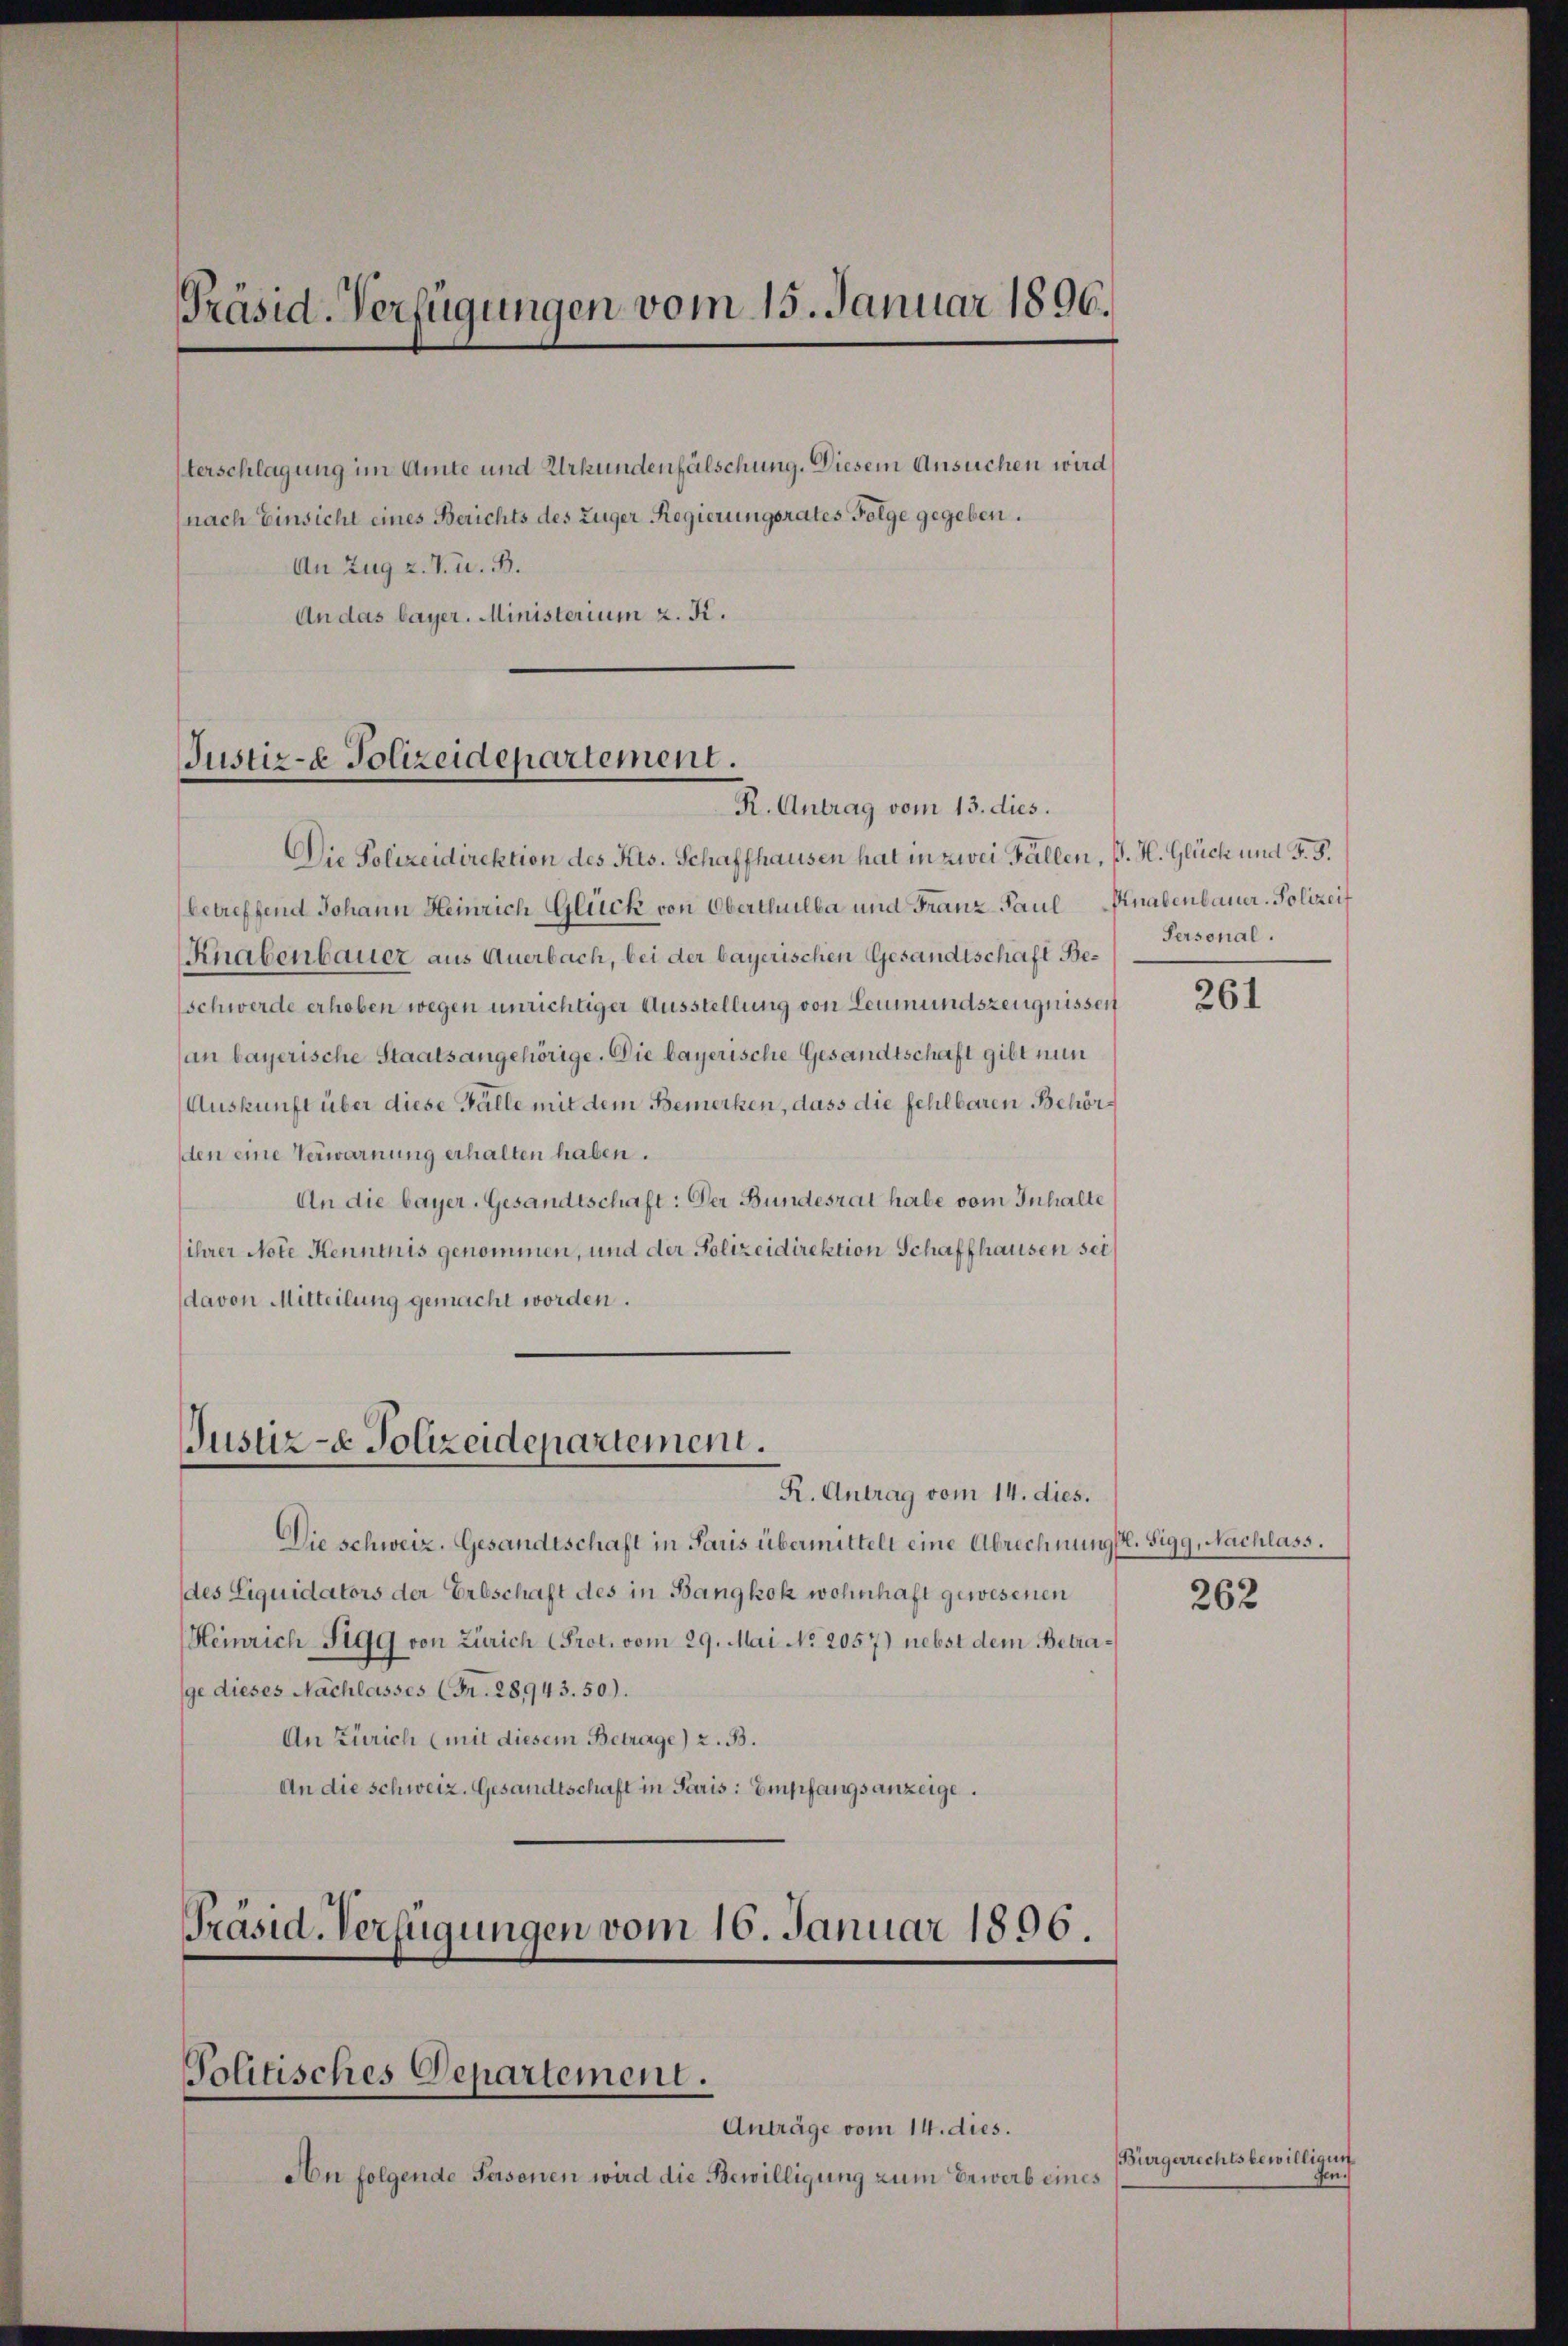
Präsid. Verfügungen vom 15. Januar 1896.

terschlagung im Amte und Urkundenfälschung. Diesem Ansuchen wird
(nach Einsicht eines Berichts des Zuger Regierungsrates Folge gegeben.
An Zug z. T. u. B.
An das bayer. Ministerium z. K.

Justiz- & Polizeidepartement.
R. Antrag vom 13. dies.

Justiz- & Polizeidepartement.
R. Antrag vom 14. dies.

Die Polizeidirektion des Kts. Schaffhausen hat in zwei Fällen, J. H. Glück und §. 5.
betreffend Johann Heinrich-Glück von Oberthulba und Franz Paul Knabenbauer- Polizei
Knabenbauer aus Auerbach, bei der bayerischen Gesandtschaft Be¬
Gschwerde erhoben wegen unrichtiger Ausstellung von Leumundszeugnissen
an bayerische Staatsangehörige. Die bayerische Gesandtschaft gibt nun
Auskunft über diese Falle mit dem Bemerken, dass die fehlbaren Behörden eine Verwarnung erhalten haben.
An die bayer. Gesandtschaft: Der Bundesrat habe vom Inhalte
ihrer Note Kenntnis genommen, und der Polizeidirektion Schaffhausen seidavon Mitteilung gemacht worden.

Präsid. Verfügungen vom 16. Januar 1896.
Politisches Departement.
Anträge vom 14. dies.

An folgende Personen wird die Bewilligung zum Erwerb eines

Die schweiz. Gesandtschaft in Paris übermittelt eine Abrechnung l. Sigg, Nachlass.
des Liquidators der Erbschaft des in Bangkok wohnhaft gewesenen
Heinrich § 199 von Zürich Prot. vom 29. Mai No 2057) nebst dem Betrage dieses Nachlasses (Fr. 28943. 50).
An Zürich (mit diesem Betrage) z. B.
An die schweiz. Gesandtschaft in Paris: Empfangsanzeige.

Personal.

261

262

(Bürgerrechtsbewilligun